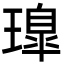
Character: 𤩢